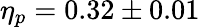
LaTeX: \eta_{p}=0.32\pm 0.01